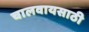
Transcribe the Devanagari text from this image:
चालवायसाठी